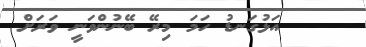
އަޅުގަނޑު ހަމަ މިރޭ ބޭނުންވަނީ ވަރަށް